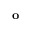
\mathbf { o }